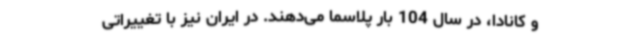
و کانادا، در سال 104 بار پلاسما می‌دهند. در ایران نیز با تغییراتی